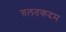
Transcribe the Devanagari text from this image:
ग़लतकदम